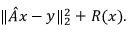
\| \hat { A } x - y \| _ { 2 } ^ { 2 } + R ( x ) .